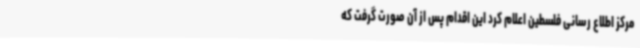
مرکز اطلاع رسانی فلسطین اعلام کرد این اقدام پس از آن صورت گرفت که